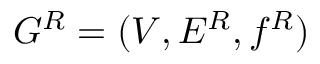
G ^ { R } = ( V , E ^ { R } , f ^ { R } )